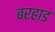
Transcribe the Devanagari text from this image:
बरहाड